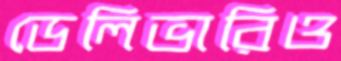
ডেলিভারিও